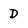
Character: D